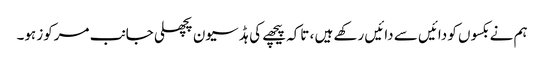
ہم نے بکسوں کو دائیں سے دائیں رکھے ہیں ، تاکہ پیچھے کی ہڈ سیون پچھلی جانب مرکوز ہو۔